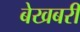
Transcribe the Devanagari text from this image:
बेखबरी